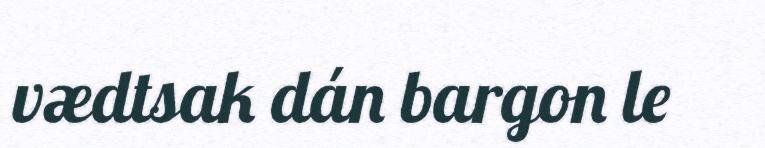
vædtsak dán bargon le